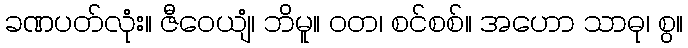
ခဏပတ်လုံး။ ဇီဝေယျံ၊ ဘိမူ။ ဝတ၊ စင်စစ်။ အဟော သာဓု၊ စွ။